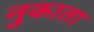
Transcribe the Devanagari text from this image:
नुकाता